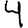
Digit: 4